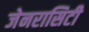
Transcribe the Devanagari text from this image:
जेनरासिटी